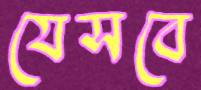
যেসবে